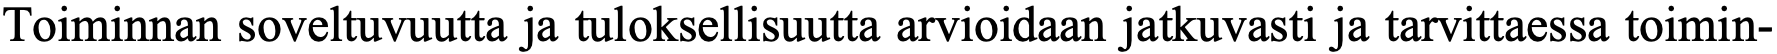
Toiminnan soveltuvuutta ja tuloksellisuutta arvioidaan jatkuvasti ja tarvittaessa toimin-